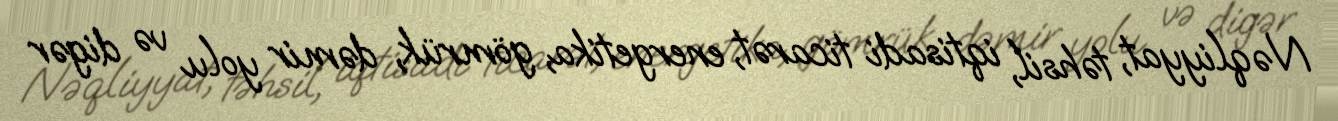
Nəqliyyat, təhsil, iqtisadi ticarət, energetika, gömrük, dəmir yolu və digər